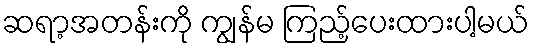
ဆရာ့အတန်းကို ကျွန်မ ကြည့်ပေးထားပါ့မယ်